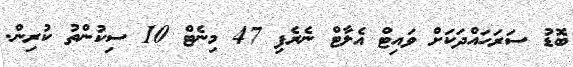
ބޮޑު ސަރަހައްދަކަށް ވައިޓް އެލާޓް ނެރެފި 47 މިނެޓް 10 ސިކުންތު ކުރިން.